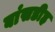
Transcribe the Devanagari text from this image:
बांसडीह